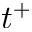
t ^ { + }